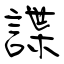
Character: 諜